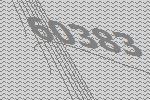
60383